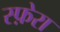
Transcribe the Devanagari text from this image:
स्फ़ेरा